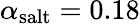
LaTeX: \alpha_{\textrm{salt}}=0.18